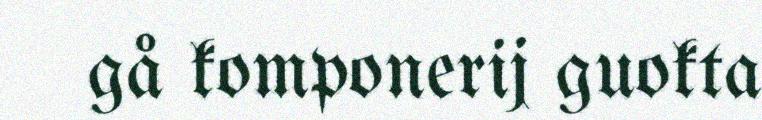
gå komponerij guokta